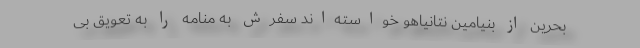
بحرین از بنیامین نتانیاهو خواسته‌اند سفرش به منامه را به تعویق بی